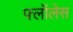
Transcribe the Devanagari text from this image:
फ्लॉलेस